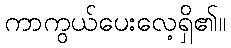
ကာကွယ်ပေးလေ့ရှိ၏။